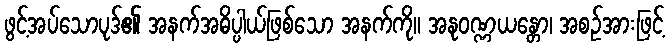
ဖွင့်အပ်သောပုဒ်၏ အနက်အဓိပ္ပါယ်ဖြစ်သော အနက်ကို။ အနုဝဏ္ဏယန္တော၊ အစဉ်အားဖြင့်